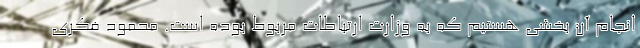
انجام آن بخشی هستیم که به وزارت ارتباطات مربوط بوده است. محمود فکری